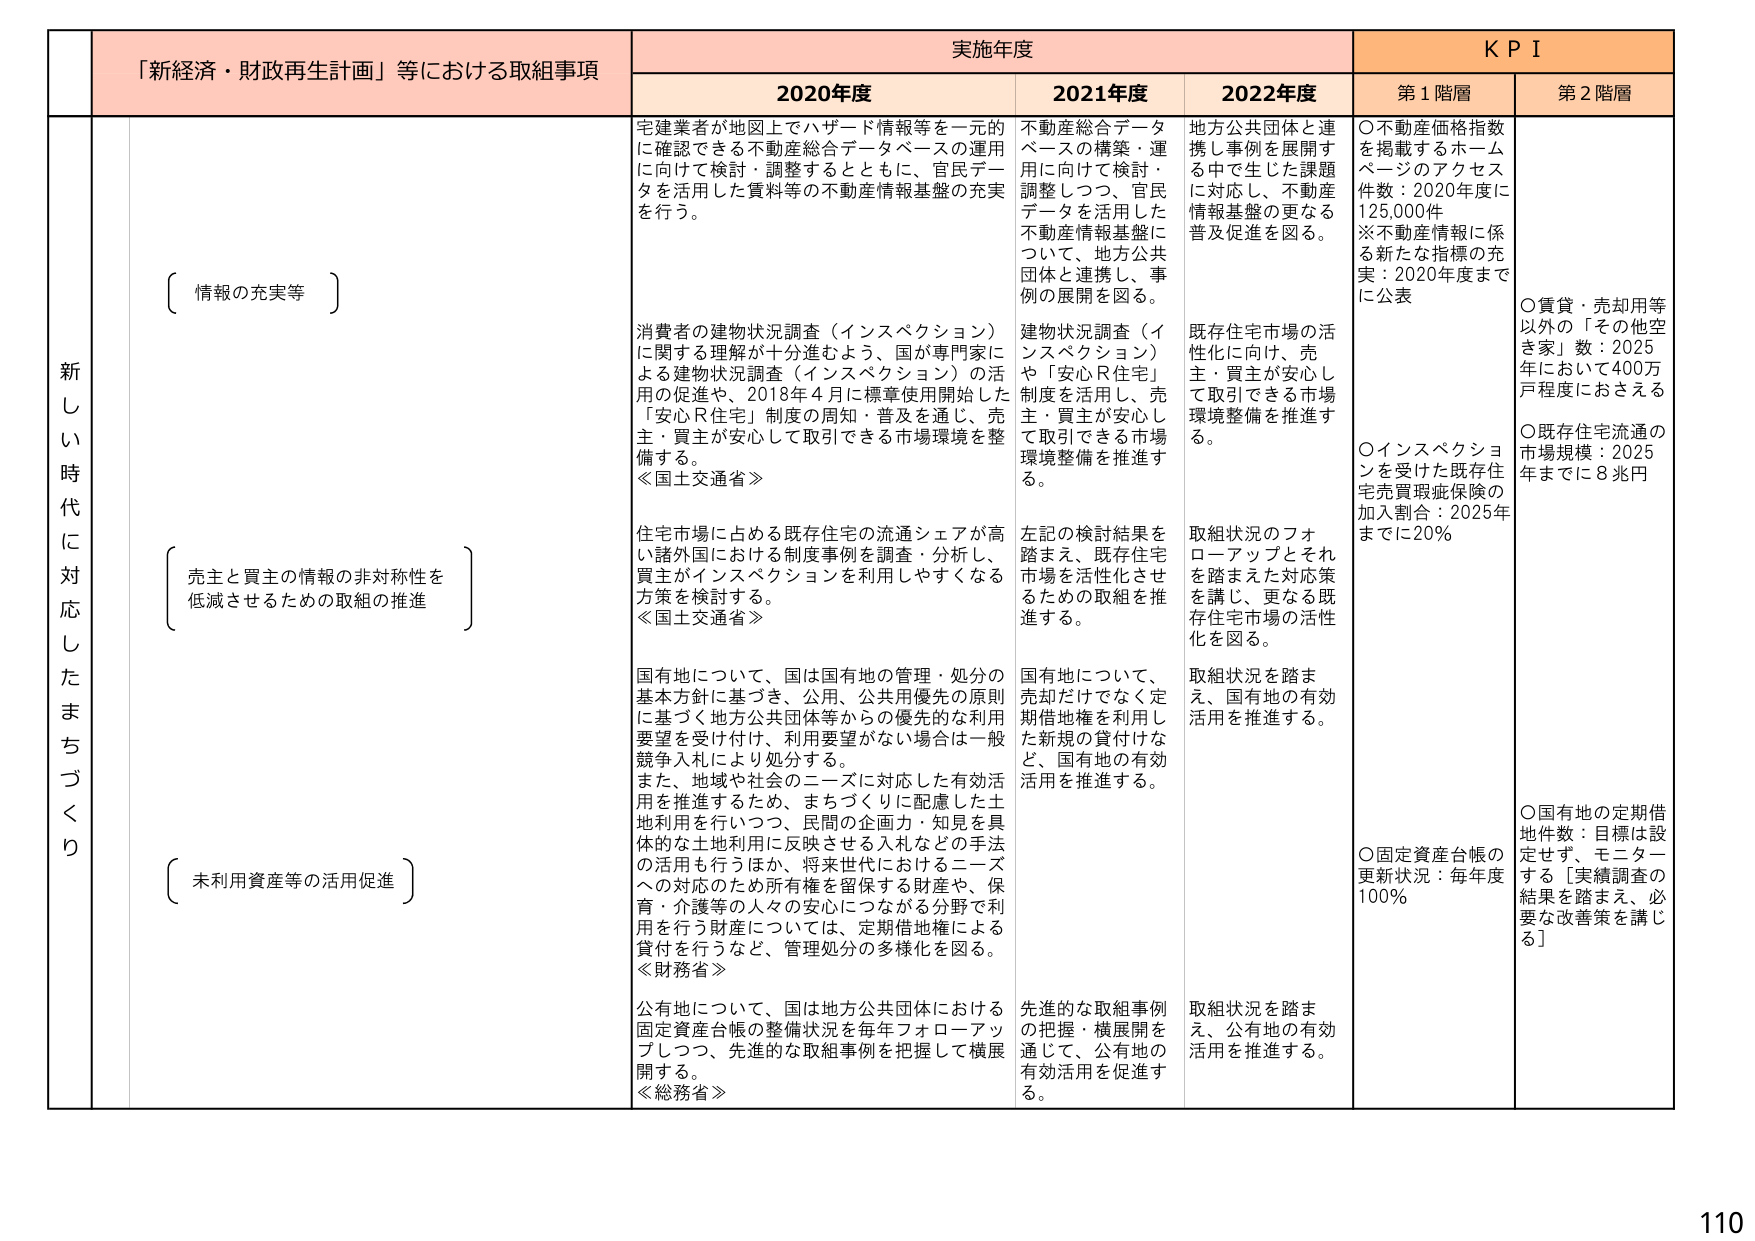
「新経済・財政再生計画」等における取組事項

実施年度

KPI

2020年度

2021年度

2022年度

第1階層

第2階層

新しい時代に対応したまちづくり

（情報の充実等）

宅建業者が地図上でバザード情報等を一元的に確認できる不動産総合データベースの運用に向けて検討・調整するとともに、官民データを活用した賃料等の不動産情報基盤の充実を行う。

不動産総合データベースの構築・運用に向けて検討・調整しつつ、官民データを活用した不動産情報基盤について、地方公共団体と連携し、事例の展開を図る。

地方公共団体と連携し事例を展開する中で生じた課題に対応し、不動産情報基盤の更なる普及促進を図る。

○不動産価格指数を掲載するホームページのアクセス件数：2020年度に125,000件
※不動産情報に係る新たな指標の充実：2020年度までに公表

消費者の建物状況調査（インスペクション）に関する理解が十分進むよう、国が専門家による建物状況調査（インスペクション）の活用の促進や、2018年4月に標準使用開始した「安心Ｒ住宅」制度の周知・普及を通じ、売主・買主が安心して取引できる市場環境を整備する。
≪国土交通省≫

建物状況調査（インスペクション）や「安心Ｒ住宅」制度を活用し、売主・買主が安心して取引できる市場環境整備を推進する。

既存住宅市場の活性化に向け、売主・買主が安心して取引できる市場環境整備を推進する。

○賃貸・売却用等以外の「その他空き家」数：2025年において400万戸程度におさえる

○インスペクションを受けた既存住宅売買瑕疵保険の加入割合：2025年までに20％

○既存住宅流通の市場規模：2025年までに8兆円

（売主と買主の情報の非対称性を低減させるための取組の推進）

住宅市場に占める既存住宅の流通シェアが高い諸外国における制度事例を調査・分析し、買主がインスペクションを利用しやすくなる方策を検討する。
≪国土交通省≫

左記の検討結果を踏まえ、既存住宅市場を活性化させるための取組を推進する。

取組状況のフォローアップとそれを踏まえた対応策を講じ、更なる既存住宅市場の活性化を図る。

（未利用資産等の活用促進）

国有地について、国は国有地の管理・処分の基本方針に基づき、公用、公共用優先の原則に基づく地方公共団体等からの優先的な利用要望を受け付け、利用要望がない場合は一般競争入札により処分する。
また、地域や社会のニーズに対応した有効活用を推進するため、まちづくりに配慮した土地利用を行いつつ、民間の企画力・知見を具体的な土地利用に反映させる入札などの手法の活用も行うほか、将来世代におけるニーズへの対応のため所有権を留保する財産や、保育・介護等の人々の安心につながる分野で利用を行う財産については、定期借地権による貸付を行うなど、管理処分の多様化を図る。
≪財務省≫

国有地について、売却だけでなく定期借地権を利用した新規の貸付けなど、国有地の有効活用を推進する。

取組状況を踏まえ、国有地の有効活用を推進する。

○固定資産台帳の更新状況：毎年度100％

○国有地の定期借地件数：目標は設定せず、モニターする［実績調査の結果を踏まえ、必要な改善策を講じる］

公有地について、国は地方公共団体における固定資産台帳の整備状況を毎年フォローアップしつつ、先進的な取組事例を把握して横展開する。
≪総務省≫

先進的な取組事例の把握・横展開を通じて、公有地の有効活用を促進する。

取組状況を踏まえ、公有地の有効活用を推進する。

110